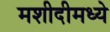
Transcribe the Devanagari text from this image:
मशीदीमध्ये